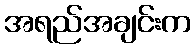
အရည်အချင်းက